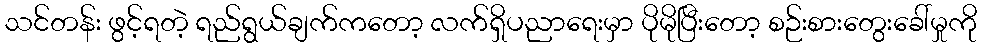
သင်တန်း ဖွင့်ရတဲ့ ရည်ရွယ်ချက်ကတော့ လက်ရှိပညာရေးမှာ ပိုမိုပြီးတော့ စဉ်းစားတွေးခေါ်မှုကို